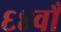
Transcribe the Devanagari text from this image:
६४वाँ